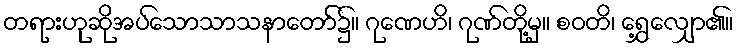
တရားဟုဆိုအပ်သောသာသနာတော်၌။ ဂုဏေဟိ၊ ဂုဏ်တို့မှ။ စဝတိ၊ ရွှေ့လျှော၏။